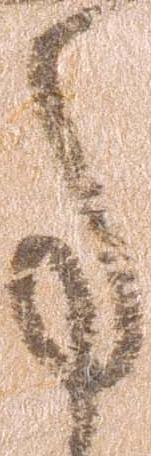
事